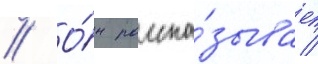
// О́н расска́зывает /